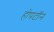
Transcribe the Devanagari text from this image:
होपटॉन